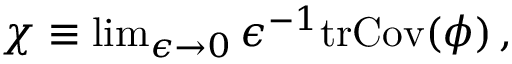
\begin{array} { r } { \chi \equiv \operatorname* { l i m } _ { \epsilon \rightarrow 0 } \epsilon ^ { - 1 } \mathrm { t r } \mathrm { C o v } ( \phi ) \, , } \end{array}